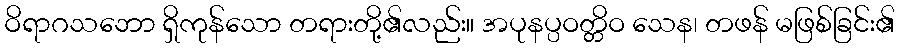
ဝိရာဂသဘော ရှိကုန်သော တရားတို့၏လည်း။ အပုနပ္ပဝတ္တိဝ သေန၊ တဖန် မဖြစ်ခြင်း၏